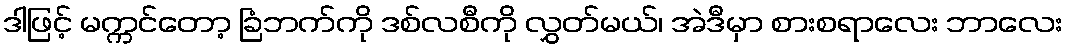
ဒါဖြင့် မက္ကင်တော့ ခြံဘက်ကို ဒစ်လစီကို လွှတ်မယ်၊ အဲဒီမှာ စားစရာလေး ဘာလေး